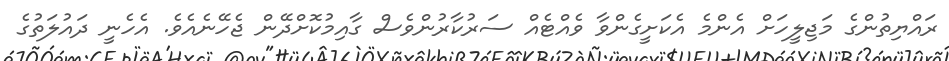
ރައްޔިތުންގެ މަޖިލީހަށް އެންމެ އެކަށީގެންވާ ވެއްޓެއް ސަރުކާރުންވެސް ގާއިމުކޮށްދޭން ޖެހޭނެއެވެ. އެހެނީ ދައުލަތުގެ